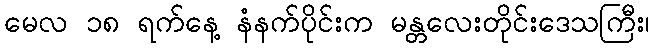
မေလ ၁၈ ရက်နေ့ နံနက်ပိုင်းက မန္တလေးတိုင်းဒေသကြီး၊